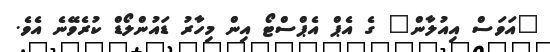
"އަވަސް އިއުލާން" ގެ އެޕް އެޕްސްޓޯ އިން މިހާރު ޑައުންލޯޑް ކުރެވޭނެ އެވެ.